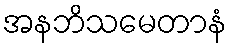
အနဘိသမေတာနံ